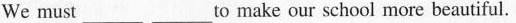
We must___ ___ to make our school more beautiful.